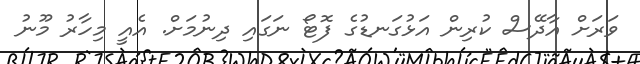
ވަރަށް އާދޭސް ކުރިން އަޅުގަނޑުގެ ފޮޓޯ ނަގައި ދިނުމަށް. އެއީ މިހާރު މޫނު